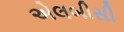
એલબીસી